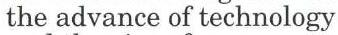
the advance of technology